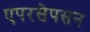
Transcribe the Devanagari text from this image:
एपरसेपसन